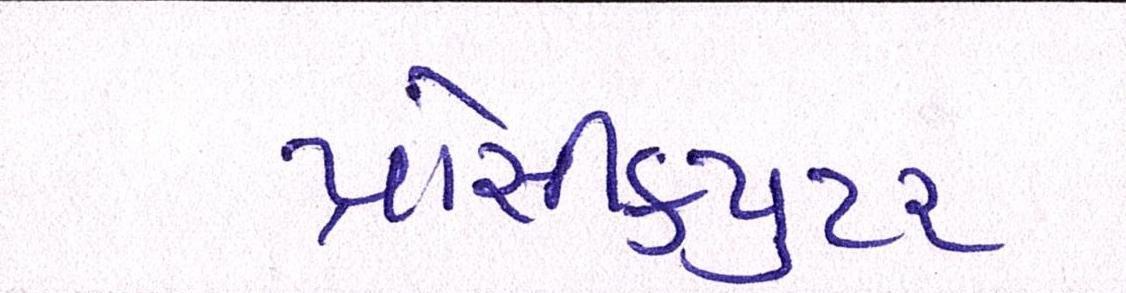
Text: પ્રોસીકયુટર